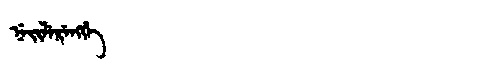
Manchu: ᠨᡝᡳᠯᡝᡵᡝᠩᡤᡝ
Romanization: NEILERENGGE